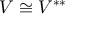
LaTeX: V \cong V ^ { * * }